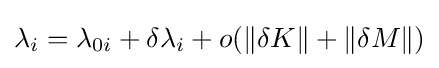
\lambda _{i}=\lambda _{0i}+\delta \lambda _{i}+o(\|\delta K\|+\|\delta M\|)